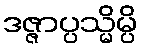
ဒဇ္ဇာပ္ပသ္မိမ္ပိ